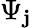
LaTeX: \Psi_{\mathbf{j}}